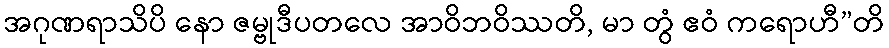
အဂုဏရာသိပိ နော ဇမ္ဗုဒီပတလေ အာဝိဘဝိဿတိ, မာ တွံ ဧဝံ ကရောဟီ”တိ